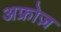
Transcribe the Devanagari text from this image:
अफ्रोज़